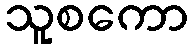
သူစကော